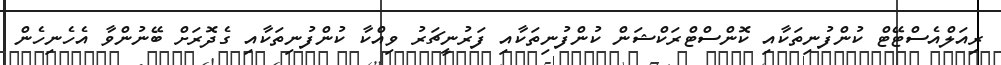
ރިއަލްއެސްޓޭޓް ކުންފުނިތަކާއި ކޮންސްޓްރަކްޝަން ކުންފުނިތަކާއި ފަރުނީޗަރު ވިއްކާ ކުންފުނިތަކާއި ގެދޮރަށް ބޭނުންވާ އެހެނިހެން